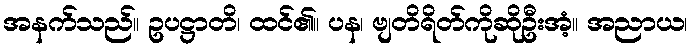
အနက်သည်။ ဥပဋ္ဌာတိ၊ ထင်၏။ ပန၊ ဗျတိရိတ်ကိုဆိုဦးအံ့။ အညာယ၊